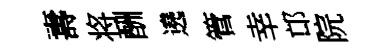
夀将酬遶管幸邙院